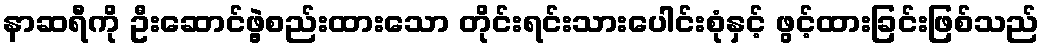
နာဆရီကို ဦးဆောင်ဖွဲ့စည်းထားသော တိုင်းရင်းသားပေါင်းစုံနှင့် ဖွင့်ထားခြင်းဖြစ်သည်